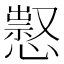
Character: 𢡈